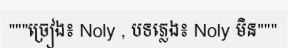
"""ច្រៀង៖ Noly , បទភ្លេង៖ Noly មិន"""